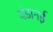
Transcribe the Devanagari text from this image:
दंडानई